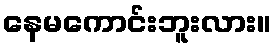
နေမကောင်းဘူးလား။